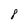
Character: 8